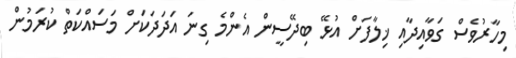
މިހާރުވެސް ގަވާއިދާއި ޚިލާފަށް އުޅޭ ބިދޭސީން އެންމެ ގިނަ އަދަދަކަށް މަސައްކަތް ކުރަމުން